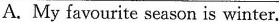
A. My favourite season is winter.